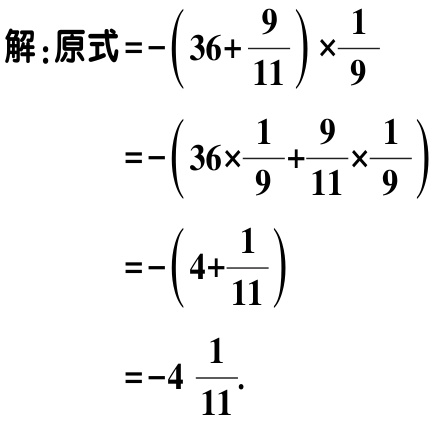
解：原式\(=-\left(36 + \dfrac{9}{11}\right)\times\dfrac{1}{9}\)

\(=-\left(36\times\dfrac{1}{9}+\dfrac{9}{11}\times\dfrac{1}{9}\right)\)

\(=-\left(4+\dfrac{1}{11}\right)\)

\(=-4\dfrac{1}{11}\).